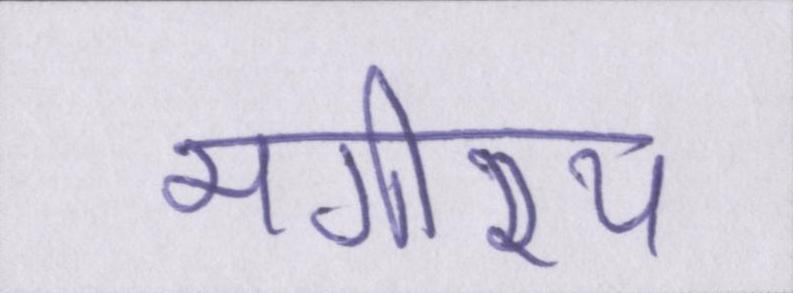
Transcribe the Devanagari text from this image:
भगीरथ